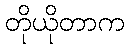
တိုယိုတာက